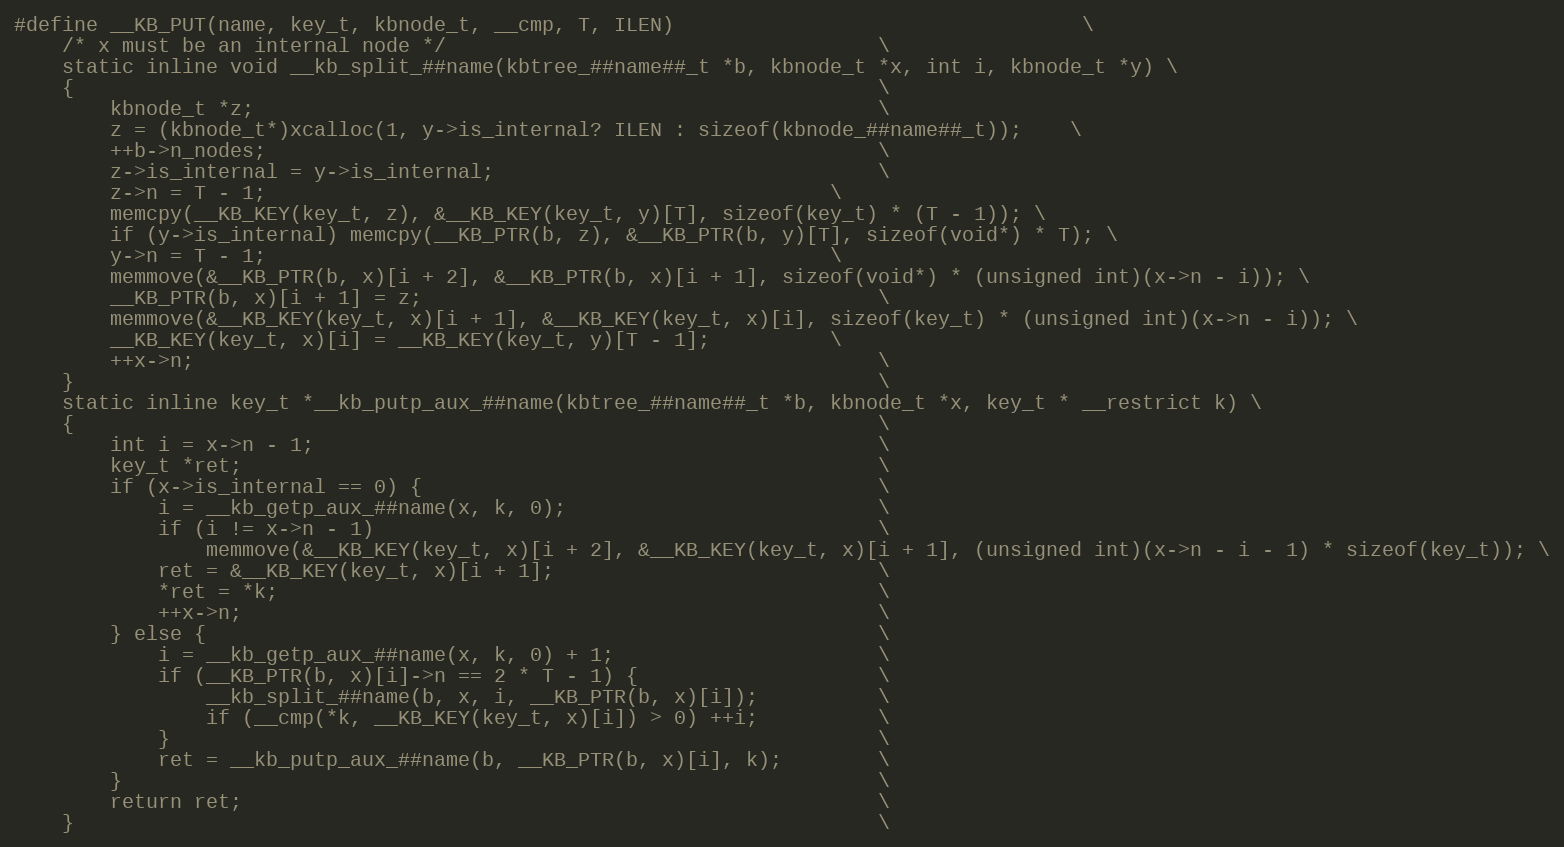
Language: C
#define __KB_PUT(name, key_t, kbnode_t, __cmp, T, ILEN)									\
	/* x must be an internal node */									\
	static inline void __kb_split_##name(kbtree_##name##_t *b, kbnode_t *x, int i, kbnode_t *y) \
	{																	\
		kbnode_t *z;													\
		z = (kbnode_t*)xcalloc(1, y->is_internal? ILEN : sizeof(kbnode_##name##_t));	\
		++b->n_nodes;													\
		z->is_internal = y->is_internal;								\
		z->n = T - 1;												\
		memcpy(__KB_KEY(key_t, z), &__KB_KEY(key_t, y)[T], sizeof(key_t) * (T - 1)); \
		if (y->is_internal) memcpy(__KB_PTR(b, z), &__KB_PTR(b, y)[T], sizeof(void*) * T); \
		y->n = T - 1;												\
		memmove(&__KB_PTR(b, x)[i + 2], &__KB_PTR(b, x)[i + 1], sizeof(void*) * (unsigned int)(x->n - i)); \
		__KB_PTR(b, x)[i + 1] = z;										\
		memmove(&__KB_KEY(key_t, x)[i + 1], &__KB_KEY(key_t, x)[i], sizeof(key_t) * (unsigned int)(x->n - i)); \
		__KB_KEY(key_t, x)[i] = __KB_KEY(key_t, y)[T - 1];			\
		++x->n;															\
	}																	\
	static inline key_t *__kb_putp_aux_##name(kbtree_##name##_t *b, kbnode_t *x, key_t * __restrict k) \
	{																	\
		int i = x->n - 1;												\
		key_t *ret;														\
		if (x->is_internal == 0) {										\
			i = __kb_getp_aux_##name(x, k, 0);							\
			if (i != x->n - 1)											\
				memmove(&__KB_KEY(key_t, x)[i + 2], &__KB_KEY(key_t, x)[i + 1], (unsigned int)(x->n - i - 1) * sizeof(key_t)); \
			ret = &__KB_KEY(key_t, x)[i + 1];							\
			*ret = *k;													\
			++x->n;														\
		} else {														\
			i = __kb_getp_aux_##name(x, k, 0) + 1;						\
			if (__KB_PTR(b, x)[i]->n == 2 * T - 1) {					\
				__kb_split_##name(b, x, i, __KB_PTR(b, x)[i]);			\
				if (__cmp(*k, __KB_KEY(key_t, x)[i]) > 0) ++i;			\
			}															\
			ret = __kb_putp_aux_##name(b, __KB_PTR(b, x)[i], k);		\
		}																\
		return ret; 													\
	}																	\